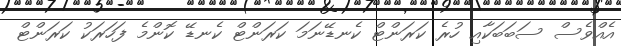
އެއްވެސް ސަބަބަކާއި ހުރެ ކަރަންޓް ކެނޑޭނަމަ ކަރަންޓް ކެނޑޭ ކޮންމެ ފަހަރަކު ކަރަންޓް